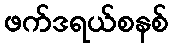
ဖက်ဒရယ်စနစ်